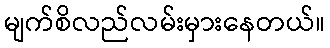
မျက်စိလည်လမ်းမှားနေတယ်။